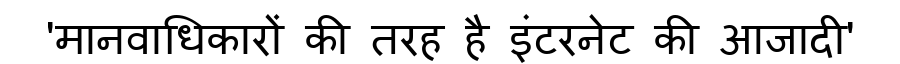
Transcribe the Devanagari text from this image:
'मानवाधिकारों की तरह है इंटरनेट की आजादी'